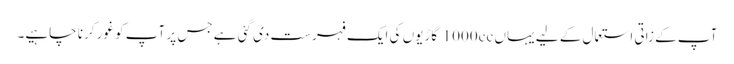
آپ کے زاتی استعمال کے لیے یہاں 1000cc گاڑیوں کی ایک فہرست دی گئی ہے جس پر آپ کو غور کرنا چاہیے۔